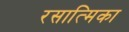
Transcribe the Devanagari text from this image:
रसात्मिका